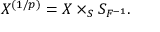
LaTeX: X ^ { ( 1 / p ) } = X \times _ { S } S _ { F ^ { - 1 } } .